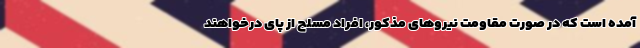
آمده است که در صورت مقاومت نیروهای مذکور، افراد مسلح از پای درخواهند